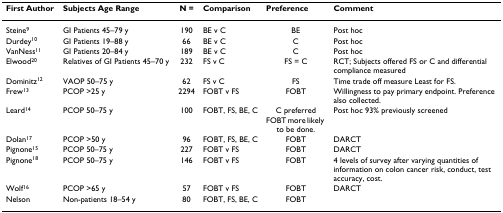
<table><thead><tr><td><b>First Author</b></td><td><b>Subjects Age Range</b></td><td><b>N =</b></td><td><b>Comparison</b></td><td><b>Preference</b></td><td><b>Comment</b></td></tr></thead><tbody><tr><td>Steine<sup>9</sup></td><td>GI Patients 45–79 y</td><td>190</td><td>BE v C</td><td>BE</td><td>Post hoc</td></tr><tr><td>Durdey<sup>10</sup></td><td>GI Patients 19–88 y</td><td>66</td><td>BE v C</td><td>C</td><td>Post hoc</td></tr><tr><td>VanNess<sup>11</sup></td><td>GI Patients 20–84 y</td><td>189</td><td>BE v C</td><td>C</td><td>Post hoc</td></tr><tr><td>Elwood<sup>20</sup></td><td>Relatives of GI Patients 45–70 y</td><td>232</td><td>FS v C</td><td>FS = C</td><td>RCT; Subjects offered FS or C and differential compliance measured</td></tr><tr><td>Dominitz<sup>12</sup></td><td>VAOP 50–75 y</td><td>62</td><td>FS v C</td><td>FS</td><td>Time trade off measure Least for FS.</td></tr><tr><td>Frew<sup>13</sup></td><td>PCOP &gt;25 y</td><td>2294</td><td>FOBT v FS</td><td>FOBT</td><td>Willingness to pay primary endpoint. Preference also collected.</td></tr><tr><td>Leard<sup>14</sup></td><td>PCOP 50–75 y</td><td>100</td><td>FOBT, FS, BE, C</td><td>C preferred FOBT more likely to be done.</td><td>Post hoc 93% previously screened</td></tr><tr><td>Dolan<sup>17</sup></td><td>PCOP &gt;50 y</td><td>96</td><td>FOBT, FS, BE, C</td><td>FOBT</td><td>DARCT</td></tr><tr><td>Pignone<sup>15</sup></td><td>PCOP 50–75 y</td><td>227</td><td>FOBT v FS</td><td>FOBT</td><td>DARCT</td></tr><tr><td>Pignone<sup>18</sup></td><td>PCOP 50–75 y</td><td>146</td><td>FOBT v FS</td><td>FOBT</td><td>4 levels of survey after varying quantities of information on colon cancer risk, conduct, test accuracy, cost.</td></tr><tr><td>Wolf<sup>16</sup></td><td>PCOP &gt;65 y</td><td>57</td><td>FOBT v FS</td><td>FOBT</td><td>DARCT</td></tr><tr><td>Nelson</td><td>Non-patients 18–54 y</td><td>80</td><td>FOBT, FS, BE, C</td><td>FOBT</td><td></td></tr></tbody></table>